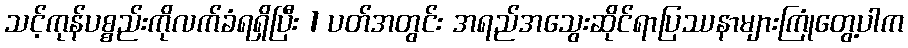
သင့်ကုန်ပစ္စည်းကိုလက်ခံရရှိပြီး 1 ပတ်အတွင်း အရည်အသွေးဆိုင်ရာပြဿနာများကြုံတွေ့ပါက